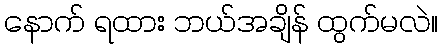
နောက် ရထား ဘယ်အချိန် ထွက်မလဲ။